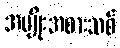
အမျိုးအစားသစ်